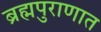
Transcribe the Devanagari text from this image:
ब्रह्मपुराणात